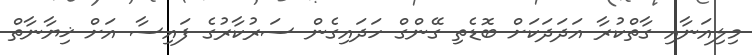
މިލިއަނާއި ގާތްކުރާ އަދަދަކަށް ބޮޑެތި ގޭންގް ހަދައިގެން ސަރުކާރުގެ ފައިސާ އަށް ޚިޔާނާތް